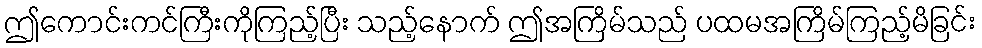
ဤကောင်းကင်ကြီးကိုကြည့်ပြီး သည့်နောက် ဤအကြိမ်သည် ပထမအကြိမ်ကြည့်မိခြင်း